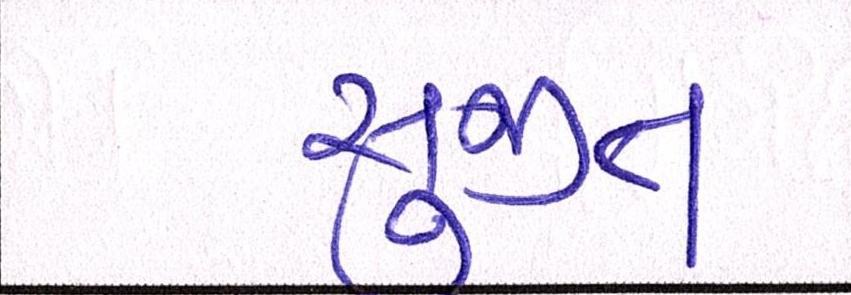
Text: સુજીત